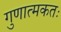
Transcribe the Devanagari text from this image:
गुणात्मकतः